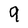
Character: 9